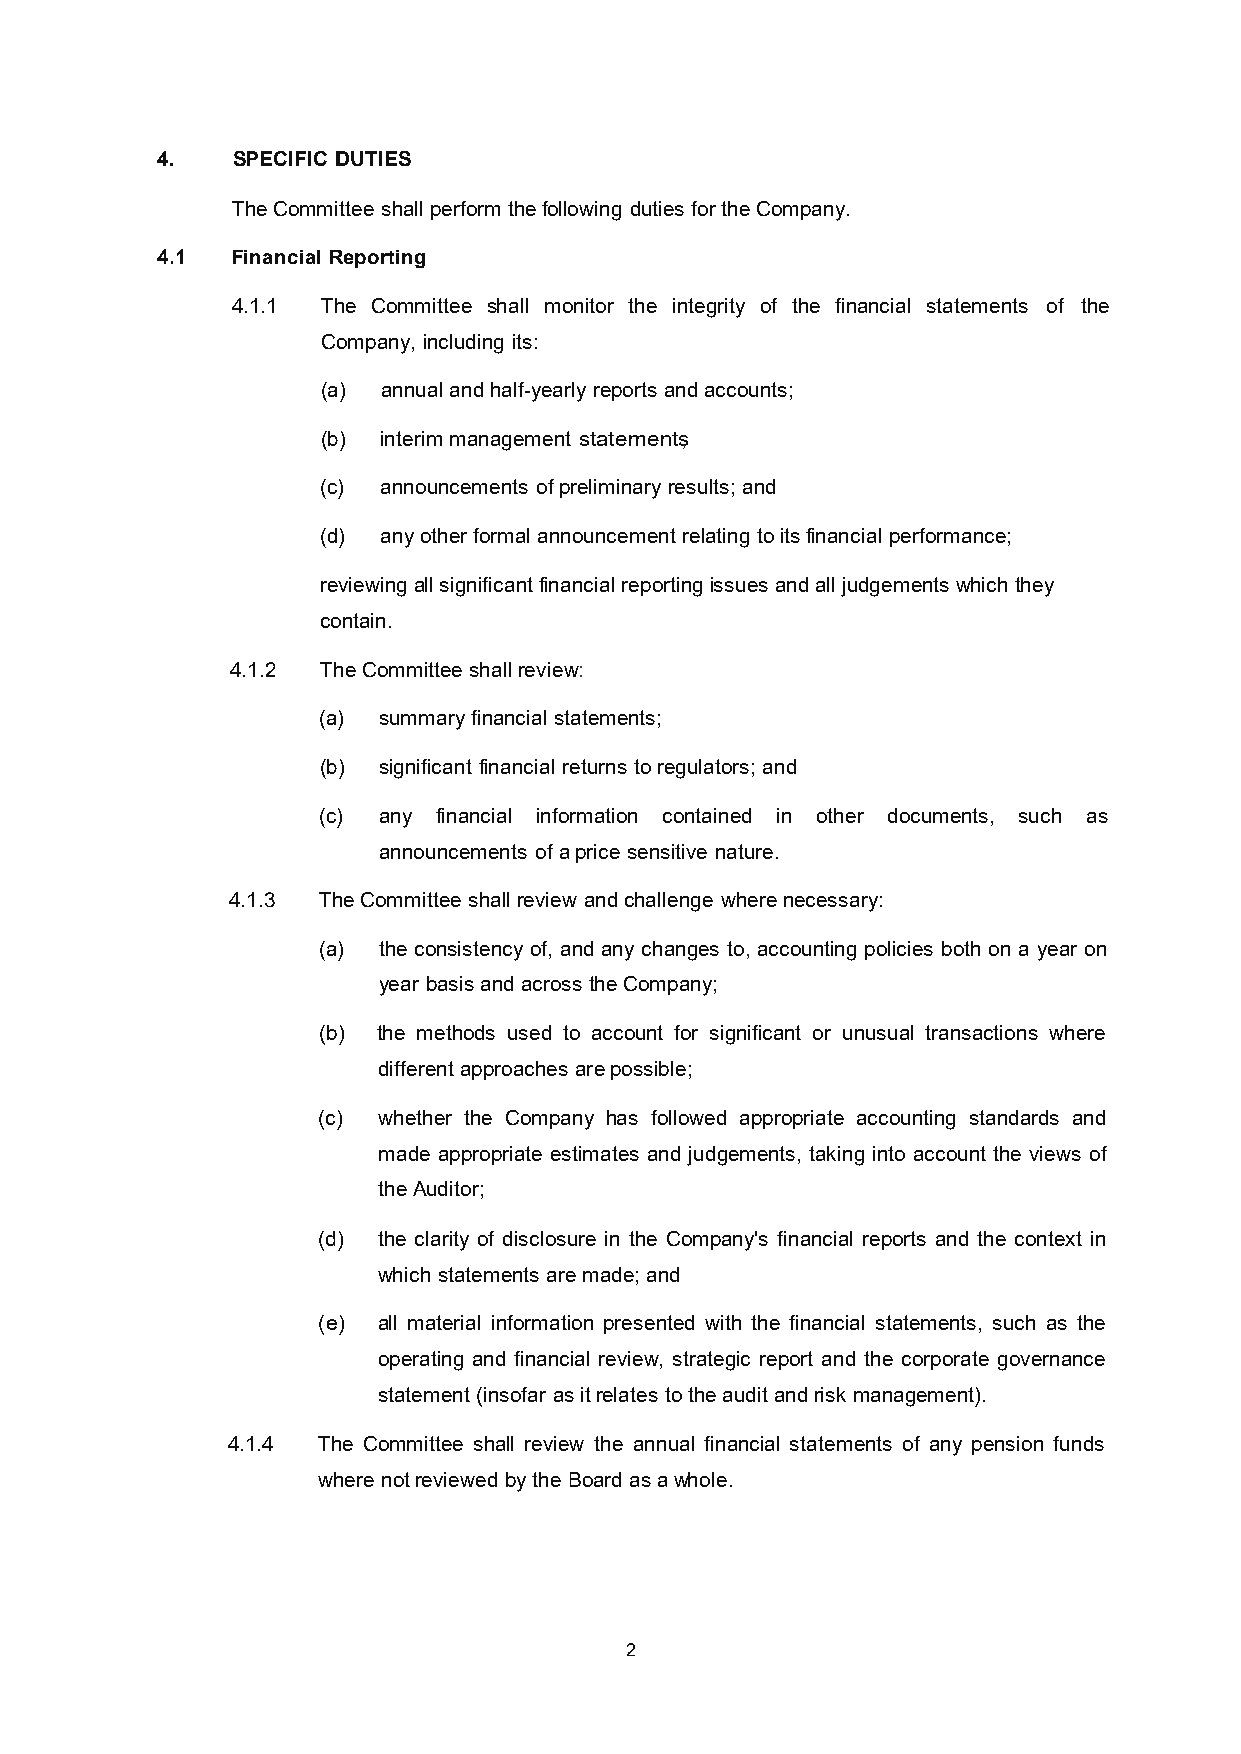
4.   SPECIFIC DUTIES
 The Committee shall perform the following duties for the Company.
 4.1  Financial Reporting
 4.1.1 The Committee shall monitor the integrity of the financial statements of the
 Company, including its:
 (a) annual and half-yearly reports and accounts;
 (b) interim management statements;
 (c) announcements of preliminary results; and
 (d) any other formal announcement relating to its financial performance;
 reviewing all significant financial reporting issues and all judgements which they
 contain.
 4.1.2 The Committee shall review:
 (a) summary financial statements;
 (b) significant financial returns to regulators; and
 (c) any financial information contained in other documents, such as
 announcements of a price sensitive nature.
 4.1.3 The Committee shall review and challenge where necessary:
 (a) the consistency of, and any changes to, accounting policies both on a year on
 year basis and across the Company;
 (b) the methods used to account for significant or unusual transactions where
 different approaches are possible;
 (c) whether the Company has followed appropriate accounting standards and
 made appropriate estimates and judgements, taking into account the views of
 the Auditor;
 (d) the clarity of disclosure in the Company's financial reports and the context in
 which statements are made; and
 (e) all material information presented with the financial statements, such as the
 operating and financial review, strategic report and the corporate governance
 statement (insofar as it relates to the audit and risk management).
 4.1.4 The Committee shall review the annual financial statements of any pension funds
 where not reviewed by the Board as a whole.
 2